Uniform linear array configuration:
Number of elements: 4
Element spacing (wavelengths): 0.25
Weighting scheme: blackman
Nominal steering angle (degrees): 45
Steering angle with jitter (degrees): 46.783
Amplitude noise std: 0.05
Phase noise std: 0.05

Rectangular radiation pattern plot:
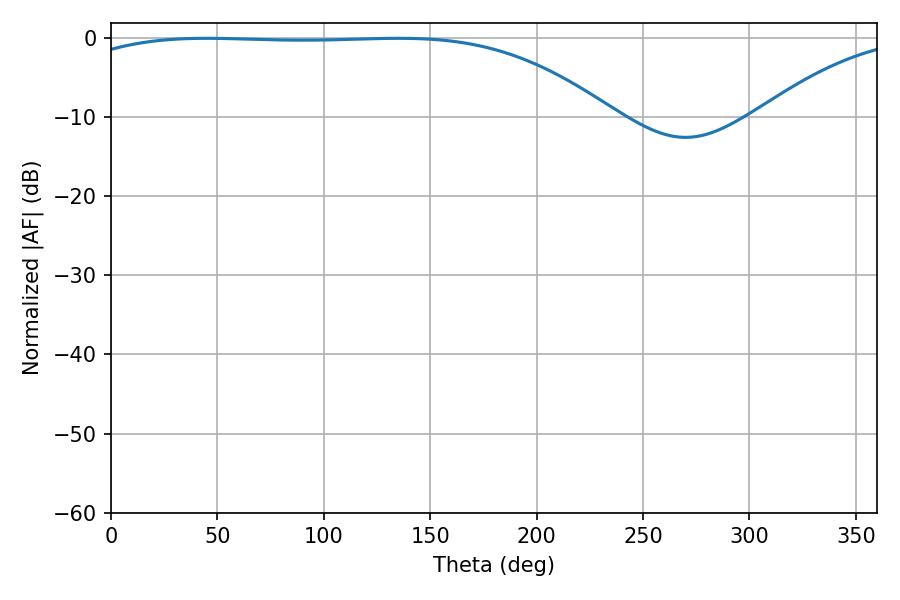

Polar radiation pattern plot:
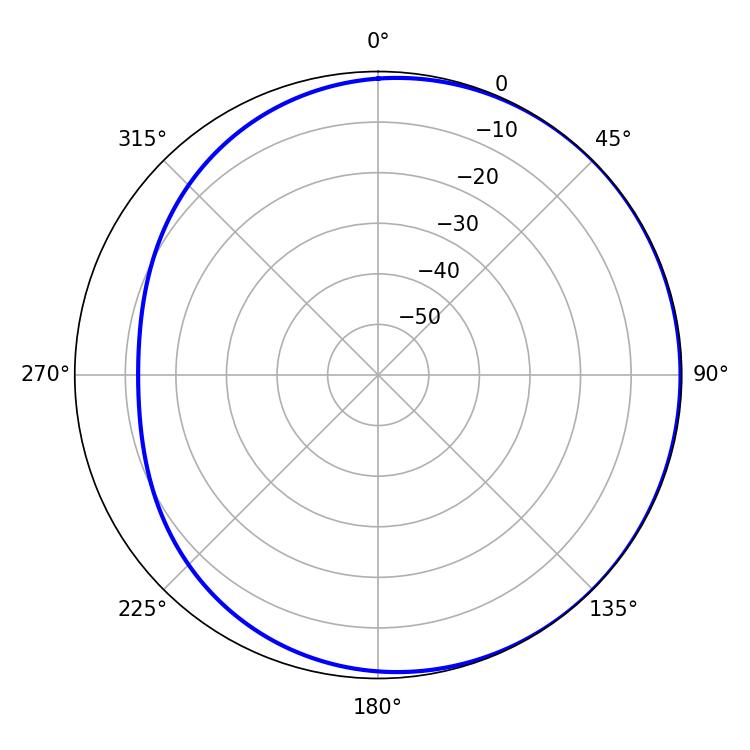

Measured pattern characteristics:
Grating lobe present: FALSE
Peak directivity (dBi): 1.003
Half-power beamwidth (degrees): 197.28
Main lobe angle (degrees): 44.82